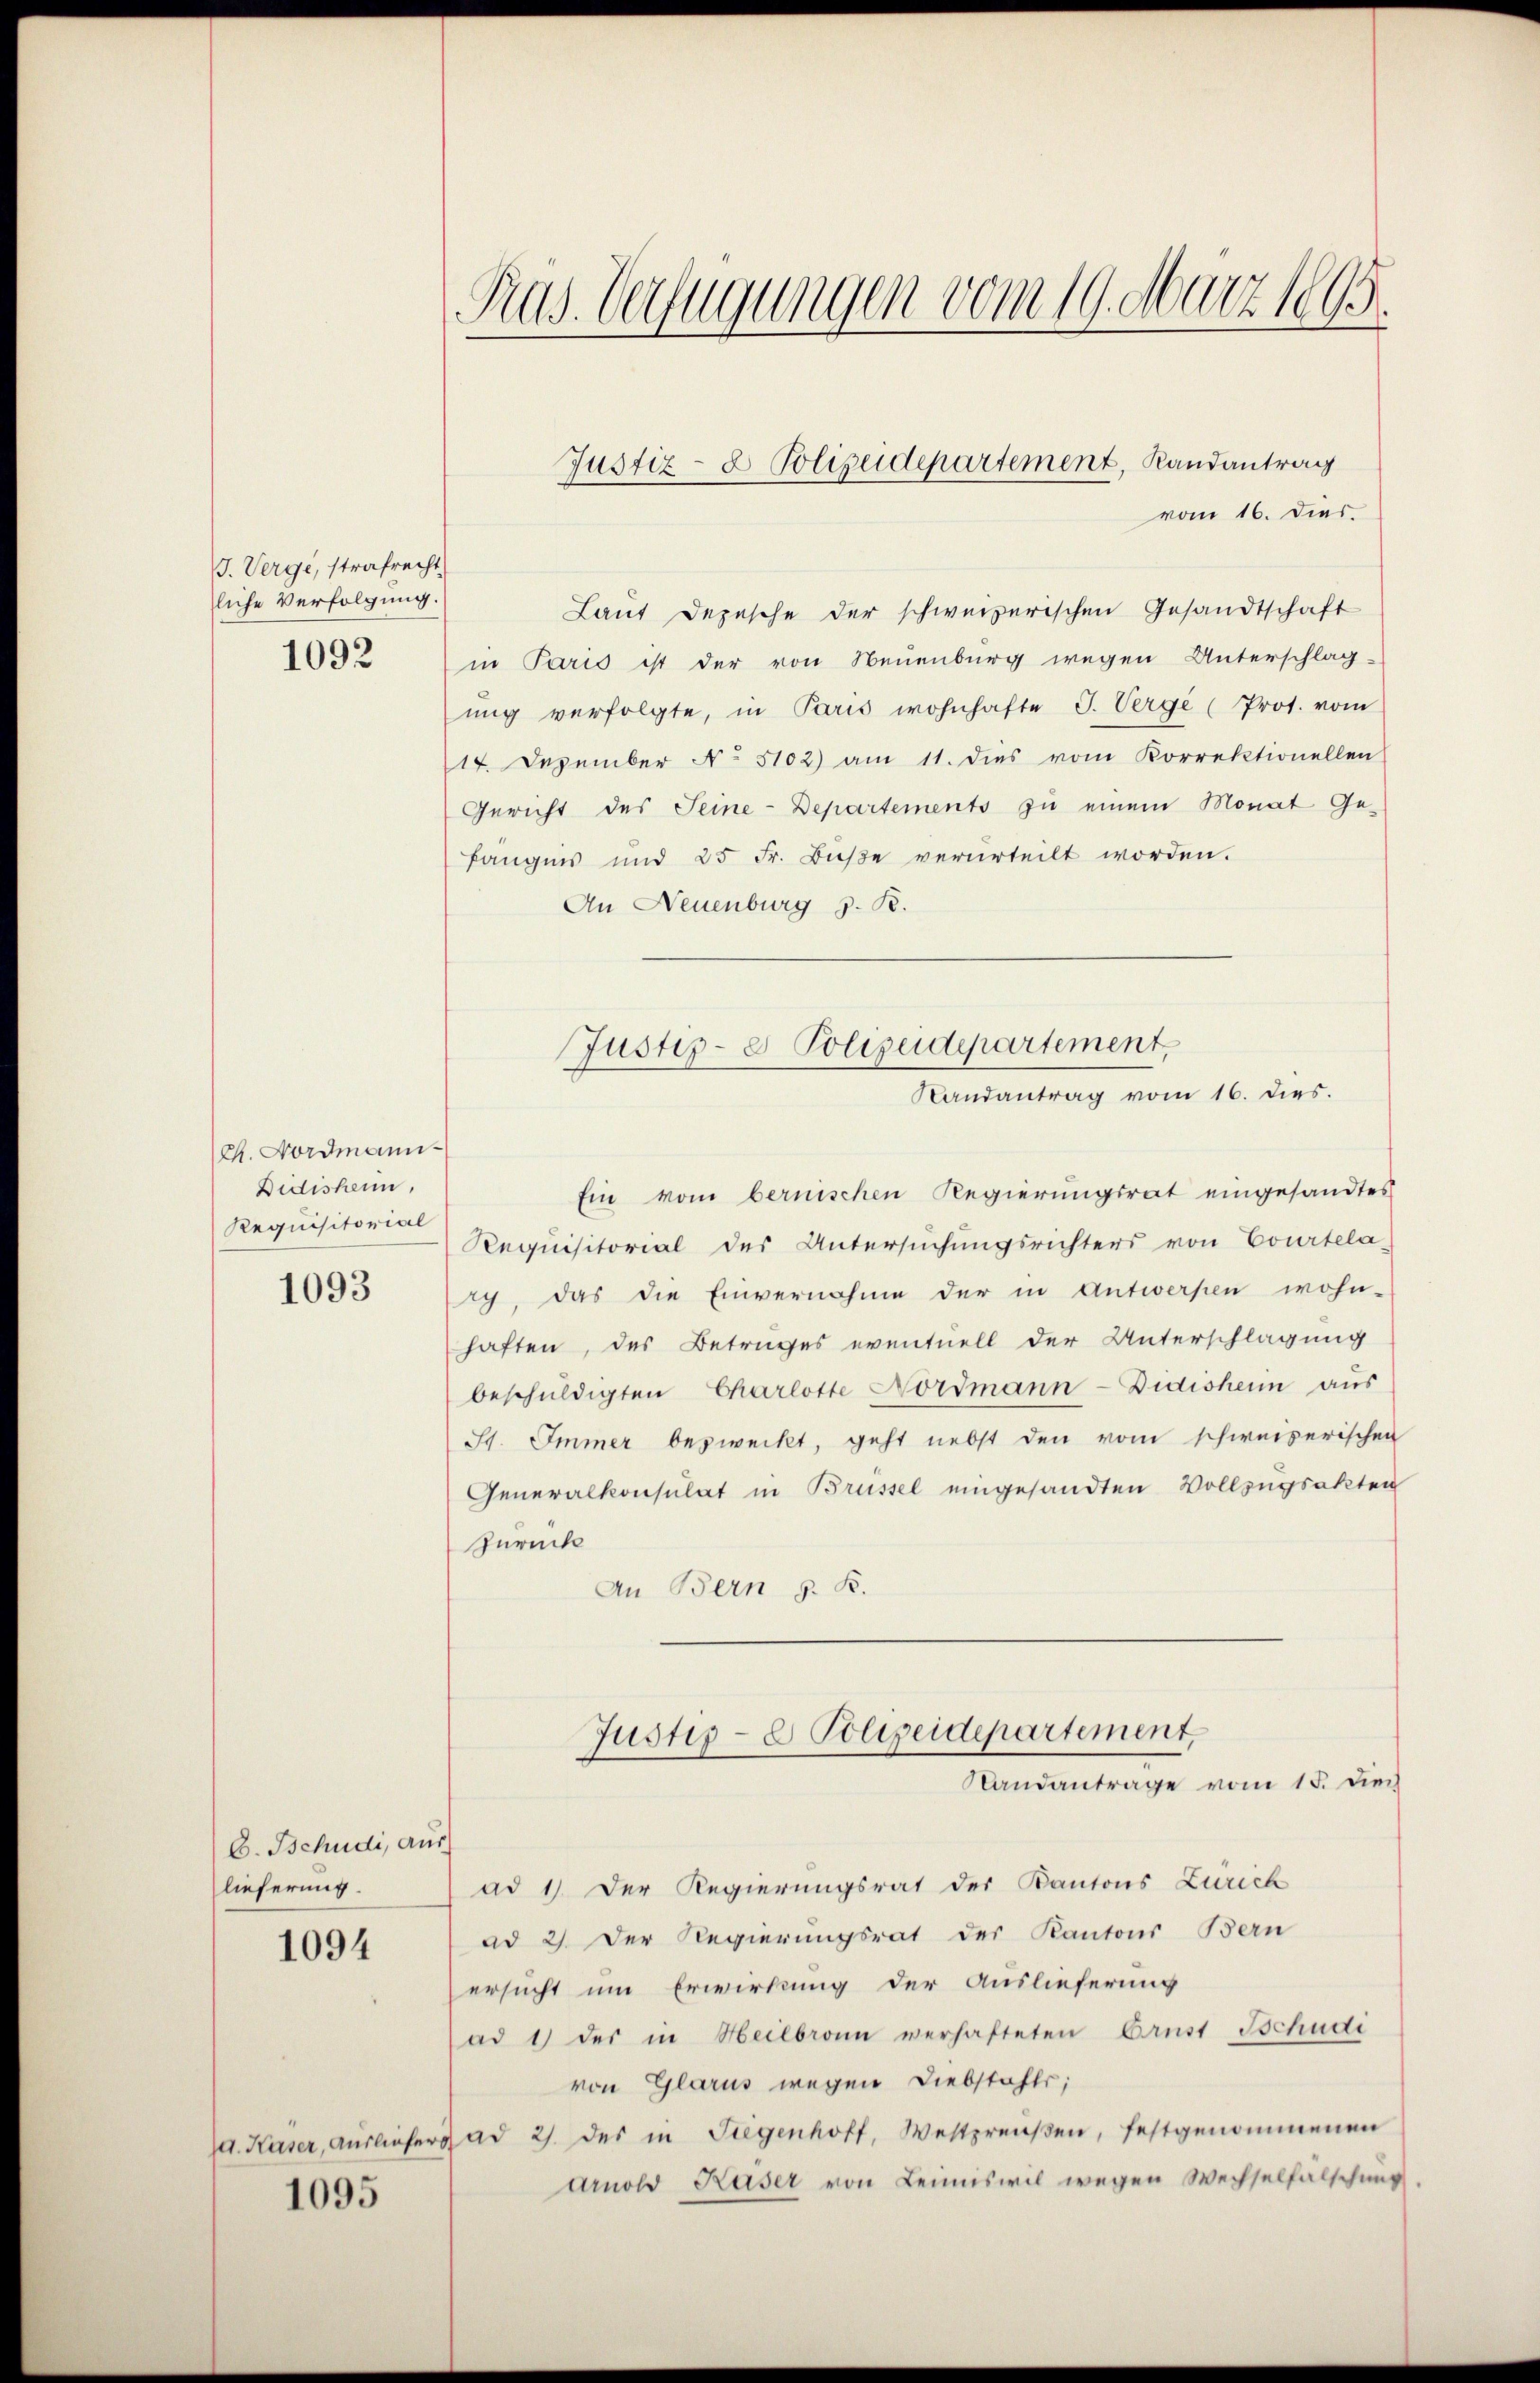
J. Verge, strafrecht
liche Verfolgung.
1092

Ch. Nordmann¬
Didishein,
Requisitorial

1093

E. Tschudi, an
lieferung.

1094

d. Kaser, Ausliefer
1095

Präs. Verfügungen vom 19. März 1895.

vom 16. Dies
Laut Depesche der schweizerischen Gesandtschaft
in Paris ist der von Neuenburg wegen Unterschlag-
ung verfolgte, in Paris wohnhafte J. Verge (Prot. vom
14. Dezember No. 5102) am 11. dies vom Korrektionellen
Gericht des Seine Departements zu einem Monat Ge-
fängnis und 25 Fr. Bŭβe verurteilt worden.
An Neuenburg z. B.

Justiz- & Polizeidepartement, Randantrag

Justiz- & Polizeidepartement.
Randantrag vom 16. dies.

Ein vom bernischen Regierungsrat eingesandtes
Requisitorial des Untersuchungsrichters von Courtelaach, das die Einvernahme der in Antwerpen wohn-
haften, des Betrages eventuell der Unterschlagung
beschŭldigten Charlotte Nordmann-Didishein aus
St. Immer bezweckt, geht nebst den vom schweizerischen
Generalkonsulat in Brüssel eingesandten Vollzugsakten
Zurücke
An Bern z. B.
Justiz- & Polizeidepartement.
Sandantrage vom 15. dich
1
ad 1. Der Regierungsrat der Kantons Zürich
ad 2. Der Regierungsrat des Kantons Bern
ersucht um Erwirkung der Auslieferung
(ad 1 des in Heilbronn verhafteten Brust Schudi
von Glarus wegen Diebstahls;
Dad 2. des in Siegenhoff, Westpreußen, festgenommenen
Arnold Kaser von Leimiswil wegen Wechselfalschung.